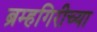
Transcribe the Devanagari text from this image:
ब्रम्हगिरीच्या